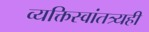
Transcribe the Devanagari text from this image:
व्यक्तिस्वांतत्र्यही